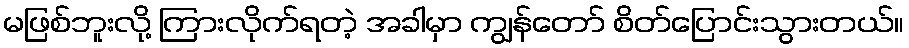
မဖြစ်ဘူးလို့ ကြားလိုက်ရတဲ့ အခါမှာ ကျွန်တော် စိတ်ပြောင်းသွားတယ်။